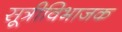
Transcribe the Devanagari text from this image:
सूत्रीविभाजक